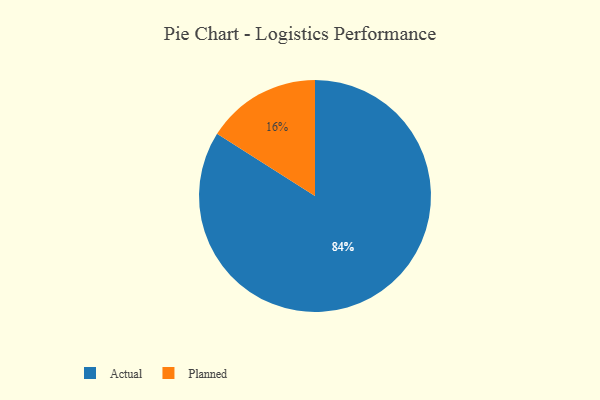
{"axis": {"x": "Category", "y": "Percentage"}, "legend": ["Actual", "Planned"], "data": [{"x": "Actual", "y": 84, "type": "Actual"}, {"x": "Planned", "y": 16, "type": "Planned"}]}